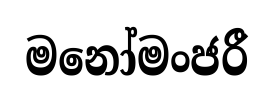
මනෝමංජරී